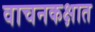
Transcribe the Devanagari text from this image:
वाचनकक्षात